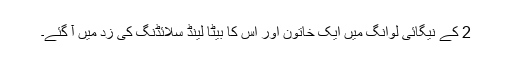
2 کے نیگائی لوانگ میں ایک خاتون اور اس کا بیٹا لینڈ سلائڈنگ کی زد میں آ گئے۔